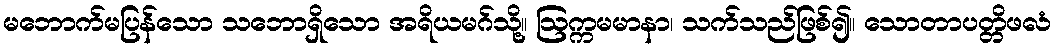
မဘောက်မပြန်သော သဘောရှိသော အရိယမဂ်သို့။ ဩက္ကမမာနာ၊ သက်သည်ဖြစ်၍။ သောတာပတ္တိဖလံ